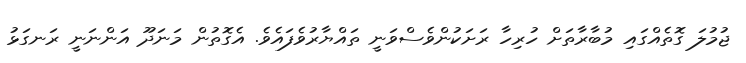
ޖުމުލަ ގޮތެއްގައި މުބާރާތަށް ހުރިހާ ރަށަކުންވެސްވަނީ ތައްޔާރުވެފައެވެ. އެގޮތުން މަނަދޫ އަންނަނީ ރަނގަޅު